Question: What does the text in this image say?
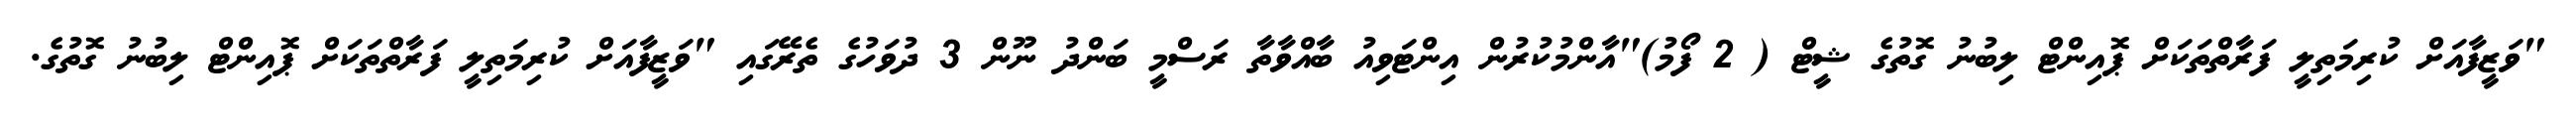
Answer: "ވަޒީފާއަށް ކުރިމަތިލީ ފަރާތްތަކަށް ޕޮއިންޓް ލިބުނު ގޮތުގެ ޝީޓް ( 2 ފޯމު)"އާންމުކުރުން އިންޓަވިއު ބާއްވާތާ ރަސްމީ ބަންދު ނޫން 3 ދުވަހުގެ ތެރޭގައި "ވަޒީފާއަށް ކުރިމަތިލީ ފަރާތްތަކަށް ޕޮއިންޓް ލިބުނު ގޮތުގެ.